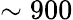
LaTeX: \sim 900